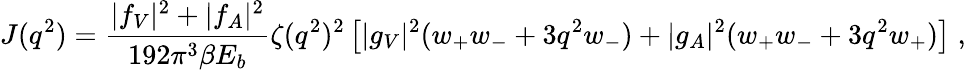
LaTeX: J(q^{2})=\frac{\vert f_{V}\vert^{2}+\vert f_{A}\vert^{2}}{192\pi^{3}\beta E_{b}}\zeta(q^{2})^{2}\left[\vert g_{V}\vert^{2}(w_{+}w_{-}+3q^{2}w_{-})+\vert g_{A}\vert^{2}(w_{+}w_{-}+3q^{2}w_{+})\right]\; ,